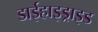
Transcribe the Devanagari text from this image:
डाईहाइड्राइड